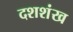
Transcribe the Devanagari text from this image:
दशशंख